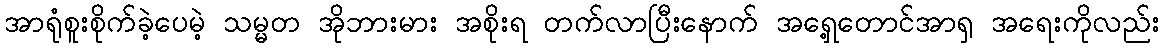
အာရုံစူးစိုက်ခဲ့ပေမဲ့ သမ္မတ အိုဘားမား အစိုးရ တက်လာပြီးနောက် အရှေ့တောင်အာရှ အရေးကိုလည်း